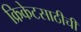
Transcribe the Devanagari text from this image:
क्रिकेटसाठीची